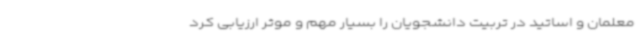
معلمان و اساتید در تربیت دانشجویان را بسیار مهم و موثر ارزیابی کرد